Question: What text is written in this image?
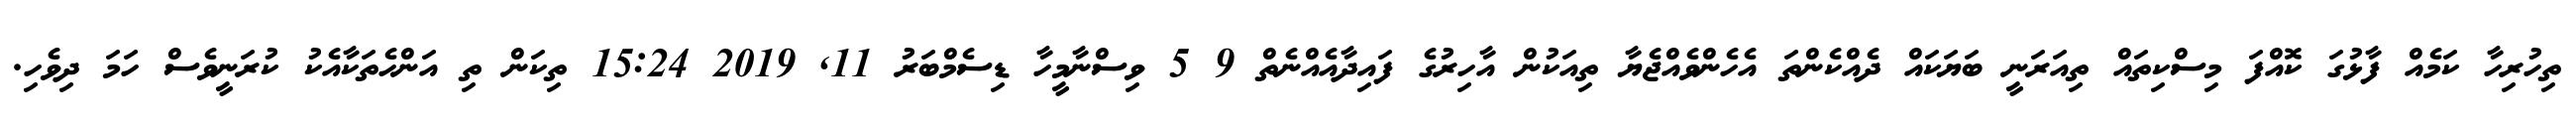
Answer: ތިހުރިހާ ކަމެއް ފާޅުގަ ކޮއްފަ މިސްކިތައް ތިއަރަނީ ބަޔަކައް ދެއްކެންތަ އެހެންވެއްޖެޔާ ތިއަކުން އާހިރުގެ ފައިދާއެއްނެތް 9 5 ވިސްނާމީހާ ޑިސެމްބަރު 11, 2019 15:24 ތިކަން ތި އަންހެތަކާއެކު ކުރަނީވެސް ހަމަ ދިވެހި.